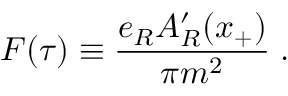
F ( \tau ) \equiv { \frac { e _ { R } A _ { R } ^ { \prime } ( x _ { + } ) } { \pi m ^ { 2 } } } \; .